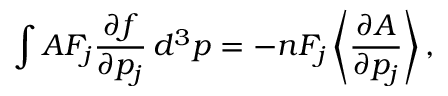
\int A F _ { j } { \frac { \partial f } { \partial p _ { j } } } \, d ^ { 3 } p = - n F _ { j } \left\langle { \frac { \partial A } { \partial p _ { j } } } \right\rangle ,